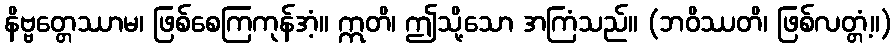
နိဗ္ဗတ္တေဿာမ၊ ဖြစ်စေကြကုန်အံ့။ ဣတိ၊ ဤသို့သော အကြံသည်။ (ဘဝိဿတိ၊ ဖြစ်လတ္တံ့။)